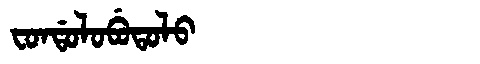
Manchu: ᠸᠣᠨᡩᠣᠯᠣᠪᡠᡨᠣᠯᠣ
Romanization: FONDOLOBUTOLO